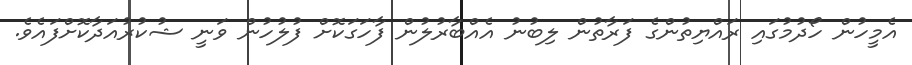
އެމީހުން ހޯދުމުގައި ރައްޔިތުންގެ ފަރާތުން ލިބުނު އެއްބާރުލުން ފާހަގަކޮށް ފުލުހުން ވަނީ ޝުކުރުއަދާކޮށްފައެވެ.